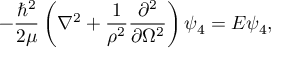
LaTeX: - \frac { \hbar ^ { 2 } } { 2 \mu } \left( \nabla ^ { 2 } + \frac { 1 } { \rho ^ { 2 } } \frac { \partial ^ { 2 } } { \partial \Omega ^ { 2 } } \right) \psi _ { 4 } = E \psi _ { 4 } ,